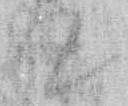
て